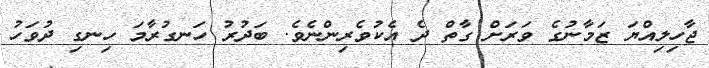
ޖާހިލިއްޔަ ޒަމާނުގެ ވަރަށް ގާތް ދެ އެކުވެރިންނެވެ. ބަދުރު ހަނގުރާމަ ހިނގި ދުވަހު